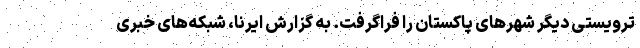
ترویستی دیگر شهرهای پاکستان را فراگرفت. به گزارش ایرنا، شبکه‌های خبری